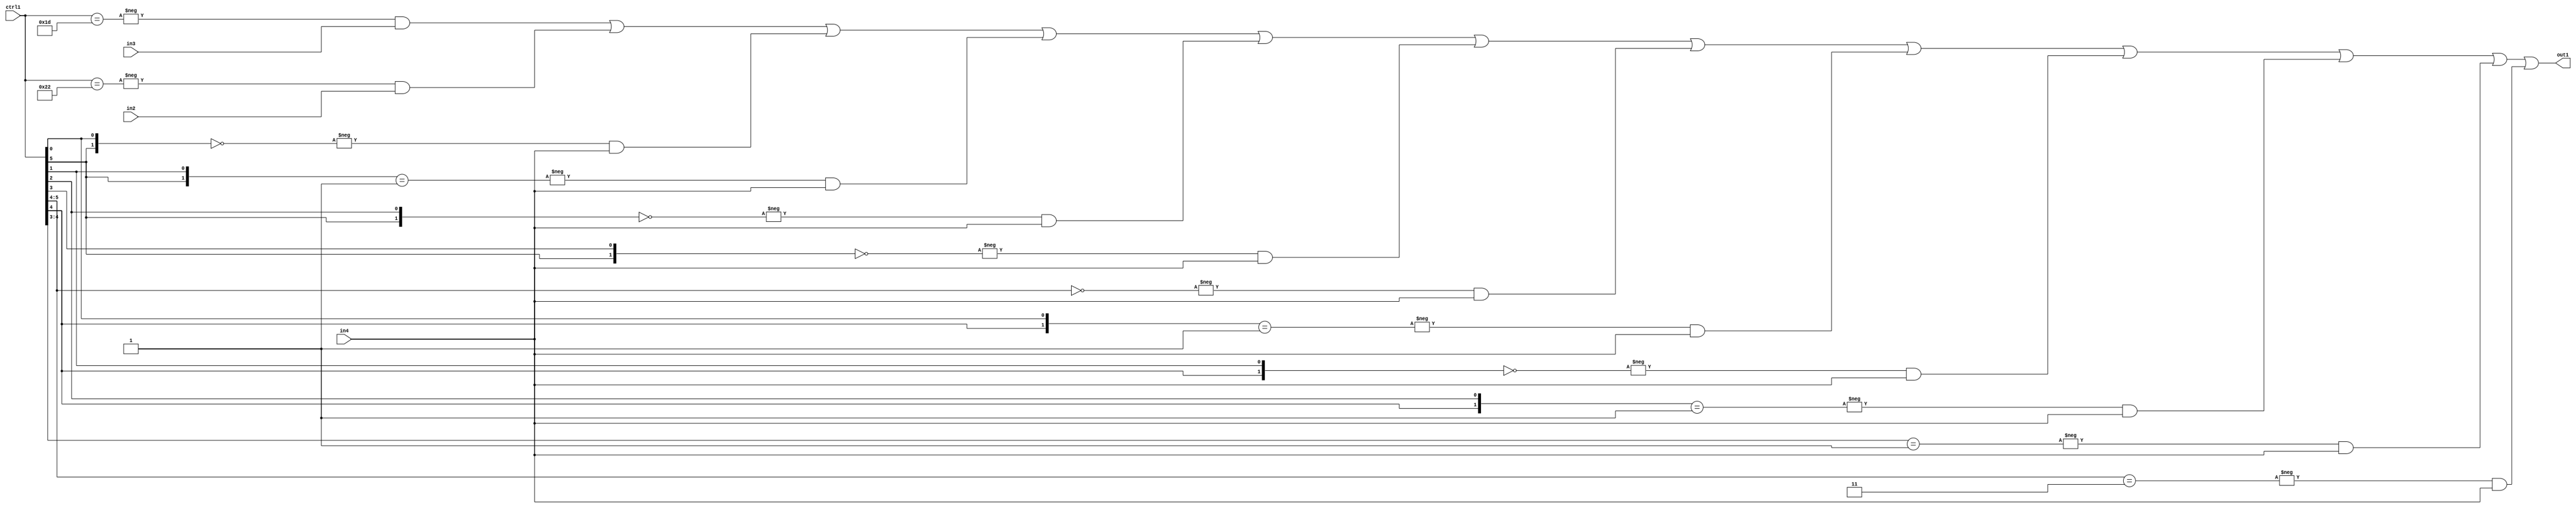
`timescale 1ps / 1ps
/*****************************************************************************
    Verilog RTL Description
    
    
    Created by: Stratus DpOpt 21.05.01 
*******************************************************************************/

module SobelFilter_N_Mux_32_3_87_1 (
	in4,
	in3,
	in2,
	ctrl1,
	out1
	); /* architecture "behavioural" */ 
input [31:0] in4;
input [8:0] in3,
	in2;
input [5:0] ctrl1;
output [31:0] out1;
wire [31:0] asc001;

assign asc001 = 
	-{ctrl1 == 6'B011101} & in3 |
	-{ctrl1 == 6'B100010} & in2 |
	-{{ctrl1[5], ctrl1[0]} == 2'B00} & in4 |
	-{{ctrl1[5], ctrl1[1]} == 2'B01} & in4 |
	-{{ctrl1[5], ctrl1[2]} == 2'B00} & in4 |
	-{{ctrl1[5], ctrl1[3]} == 2'B00} & in4 |
	-{ctrl1[5:4] == 2'B00} & in4 |
	-{{ctrl1[4], ctrl1[0]} == 2'B01} & in4 |
	-{{ctrl1[4], ctrl1[1]} == 2'B00} & in4 |
	-{{ctrl1[4], ctrl1[2]} == 2'B01} & in4 |
	-{ctrl1[4:3] == 2'B01} & in4 |
	-{ctrl1[5:4] == 2'B11} & in4 ;

assign out1 = asc001;
endmodule

/* CADENCE  vLD5TQk= : u9/ySxbfrwZIxEzHVQQV8Q== ** DO NOT EDIT THIS LINE ******/